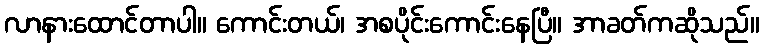
လာနားထောင်တာပါ။ ကောင်းတယ်၊ အစပိုင်းကောင်းနေပြီ။ အာခတ်ကဆိုသည်။